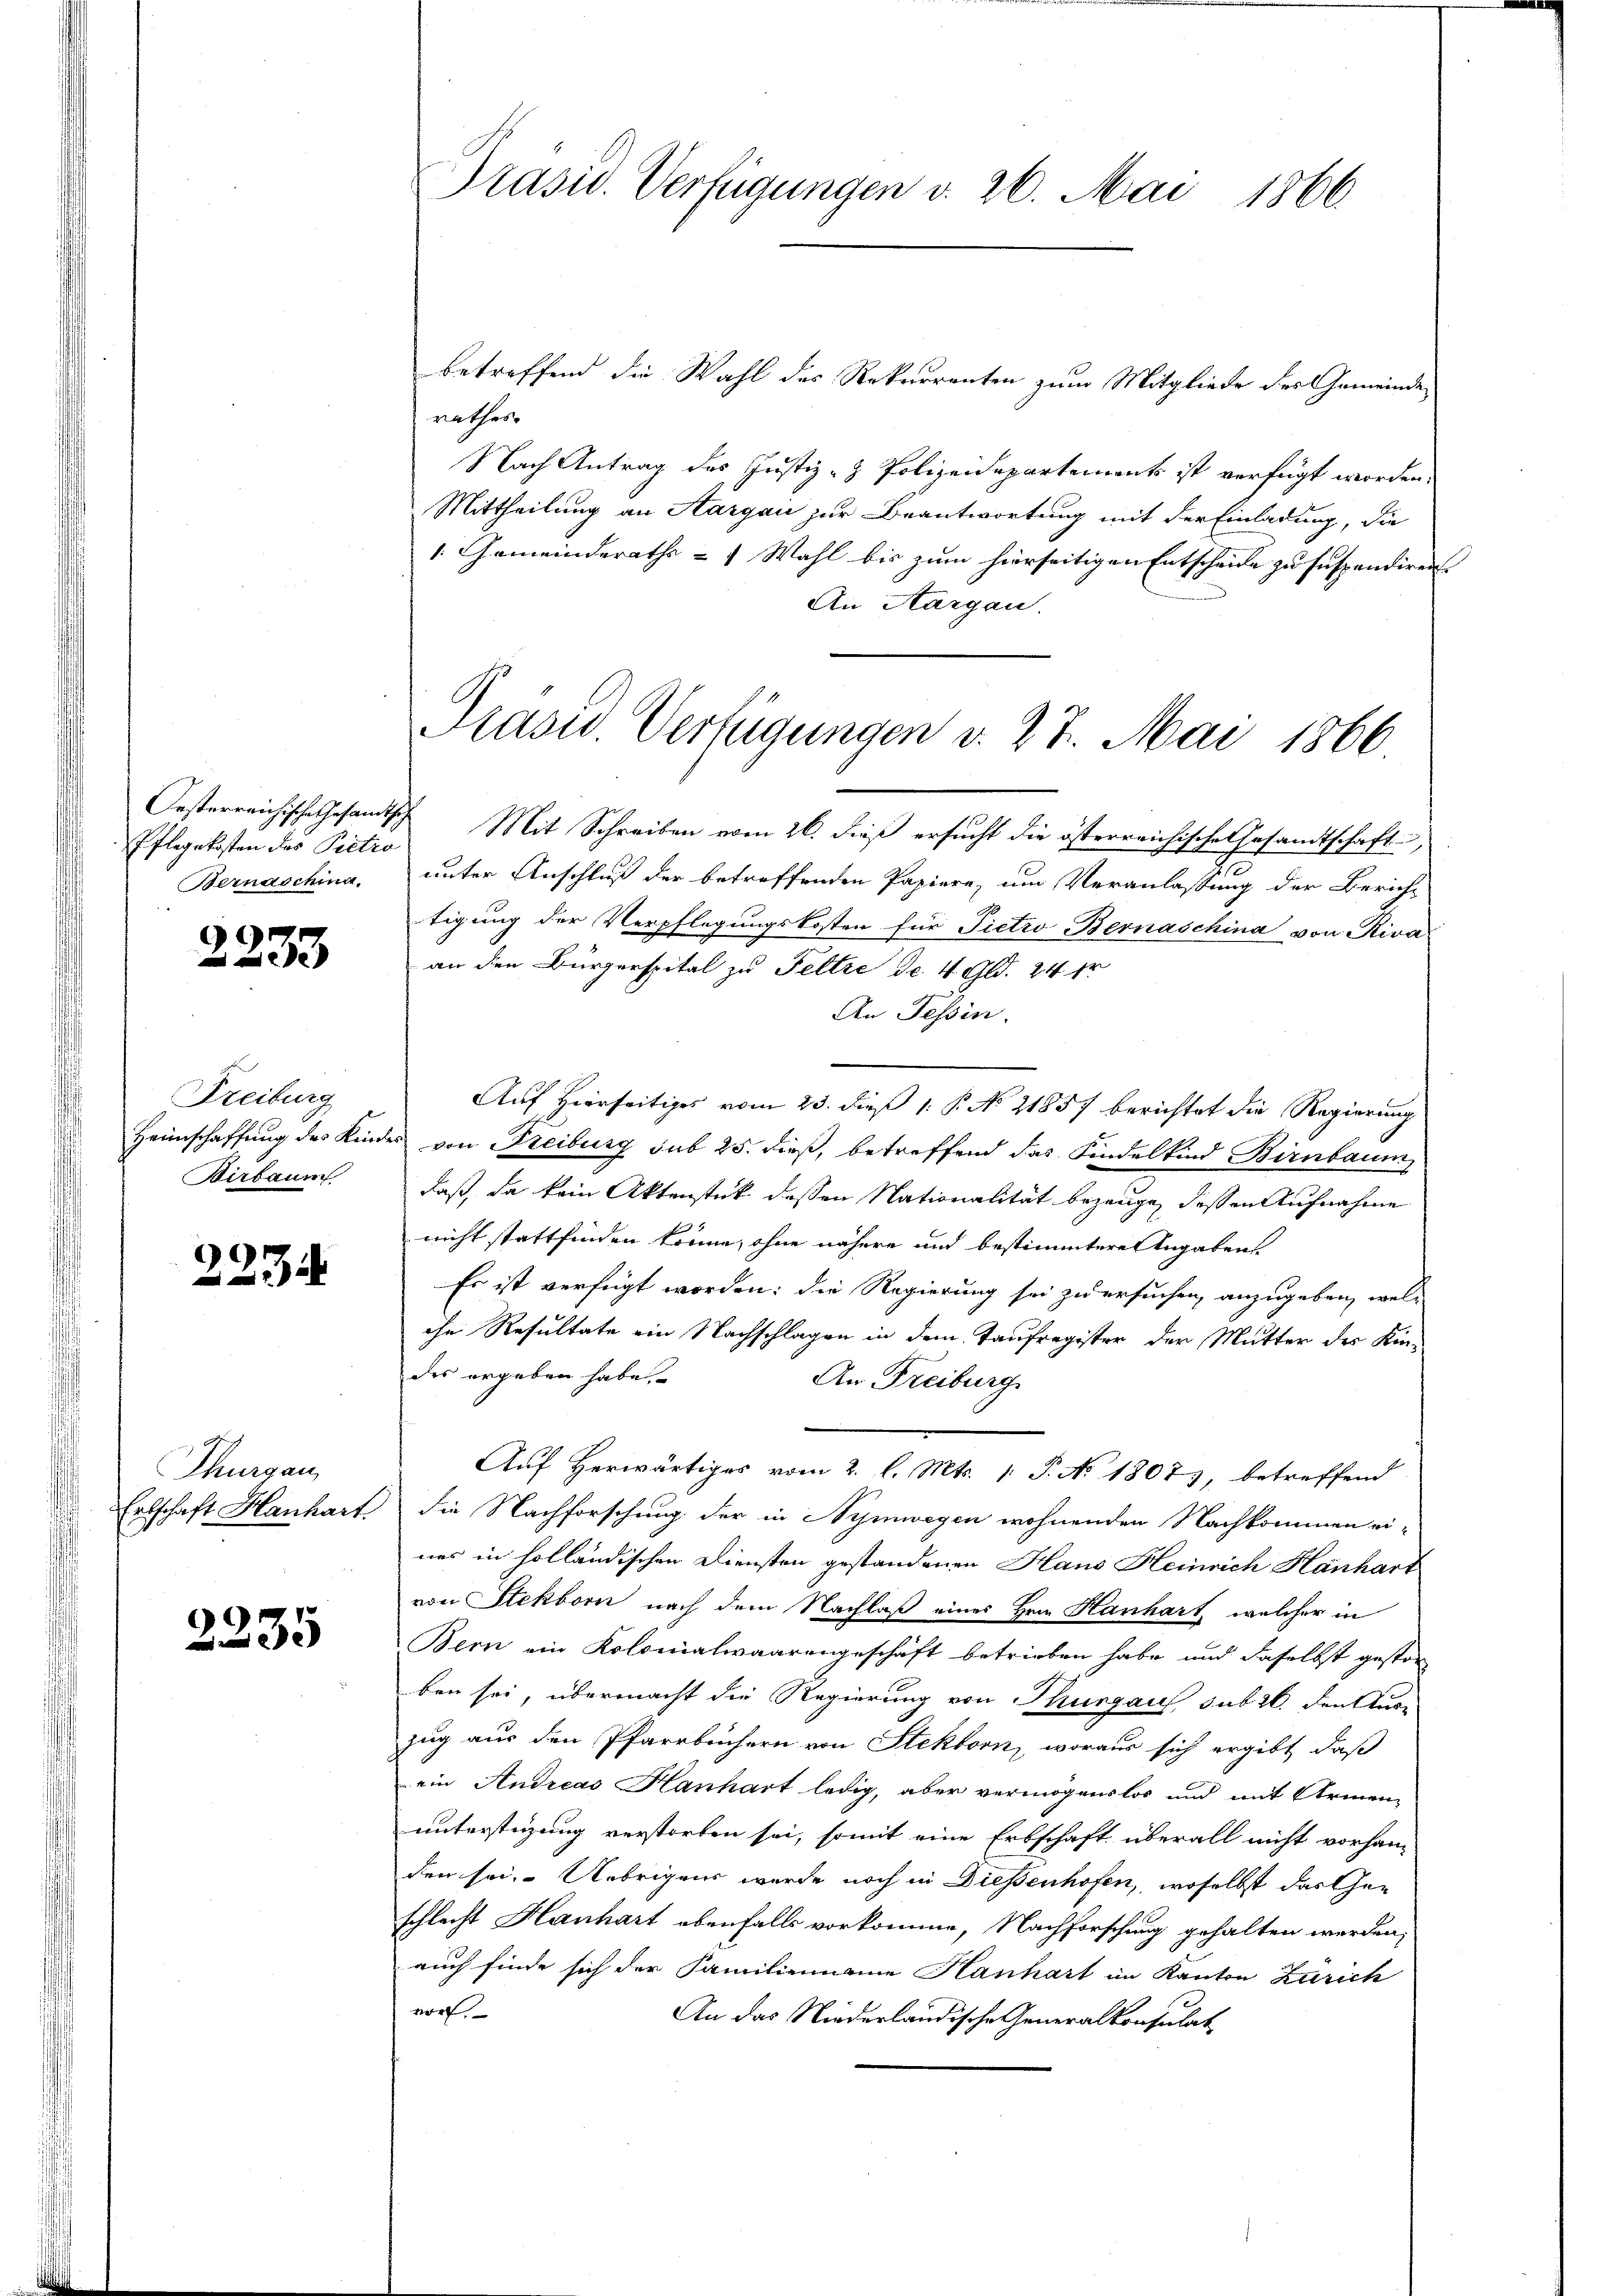
Pflegekosten des Pietro
Bernaschina

2233

Freiburg
Birbaum

2234

Thurgau,
Ertschaft Hanhart.

2235

betreffend die Wahl des Rekurrenten zum Mitgliede des Gemeinde
nathes
Nach Antrag des Justiz- & Polizeidepartements ist verfügt worden.
Mittheilung an Aargau zur Beantwortung mit der Einladung, die
1. Gemeinderaths = 1 Wahl bis zum hierseitigen Entscheide zu suspendiren |
An Aargau.

Präsid. Verfügungen v. 26. Mai 1866

Präsid.. Verfügungen v. 27. Mai 1866

Oesterreichische Gesamtsch Mit Schreiben vom 26. dieß ersucht die österreichische Gesandtschaft,
s
2
unter Anschluß der betreffenden Papiere, um Veranlassung der Bericht
tigung der Verpflegungskosten für Pietro Bernaschina von Riva
an den Bürgerspital zu Feltre dr. 4 Gld. 24 fr
An Tessin.
Auf Hierseitiges vom 23. dieß 1. P. No 21857 berichtet die Regierung
Heimschaffung des Kinder von Freiburg sub 25. dieß, betreffend das Kindelkind Birnbaum
daß, da kein Aktenstück dessen Nationalität bezeuge, dessen Aufnahme
nicht stattfinden könne, ohne nähere und bestimmtere Angabens
Es ist verfügt worden; die Regierung sei zu ersuchen, anzugeben, wel-
ihe Resultate ein Nachschlagen in dem Taufregister der Mutter des Kin-
des ergeben habe.
An Freiburg
Aŭf herwärtiges vom 2. l. Mts. 1. P. No 18073, betreffend
die Nachforschung der in Symwegen wohnenden Nachkommen ei-
nes in holländischen Diensten gestandenen Haus Heinrich Hanhart
von Stekborn nach dem Nachlaß eines Hrn. Hanhart, welcher in
Bern ein Kolonialwaarengeschäft betrieben habe, und daselbst gestor
ben sei, übermacht die Regierung von Thurgaus, sub 26. den Aus-
zug aus den Pfarrbüchern von Stekborn, woraus sich ergibt, daß
ein Andreas Hanhart ledig, aber vermögenslos und mit Armen-
unterstüzung verstorben sei, somit eine Erbschaft überall nicht vorhan-
den sei. Uebrigens wurde noch in Diessenhofen, woselbst das Geschlecht Hanhart ebenfalls vorkomme, Nachforschung gehalten werden,
auch finde sich der Familienname Hanhart im Kanton Zürich
vor.
An das Niederländische Generalkonsulat